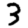
Digit: 3